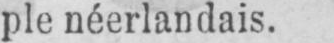
ple néerlandais.